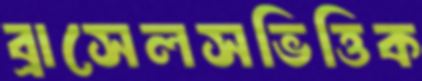
ব্রাসেলসভিত্তিক